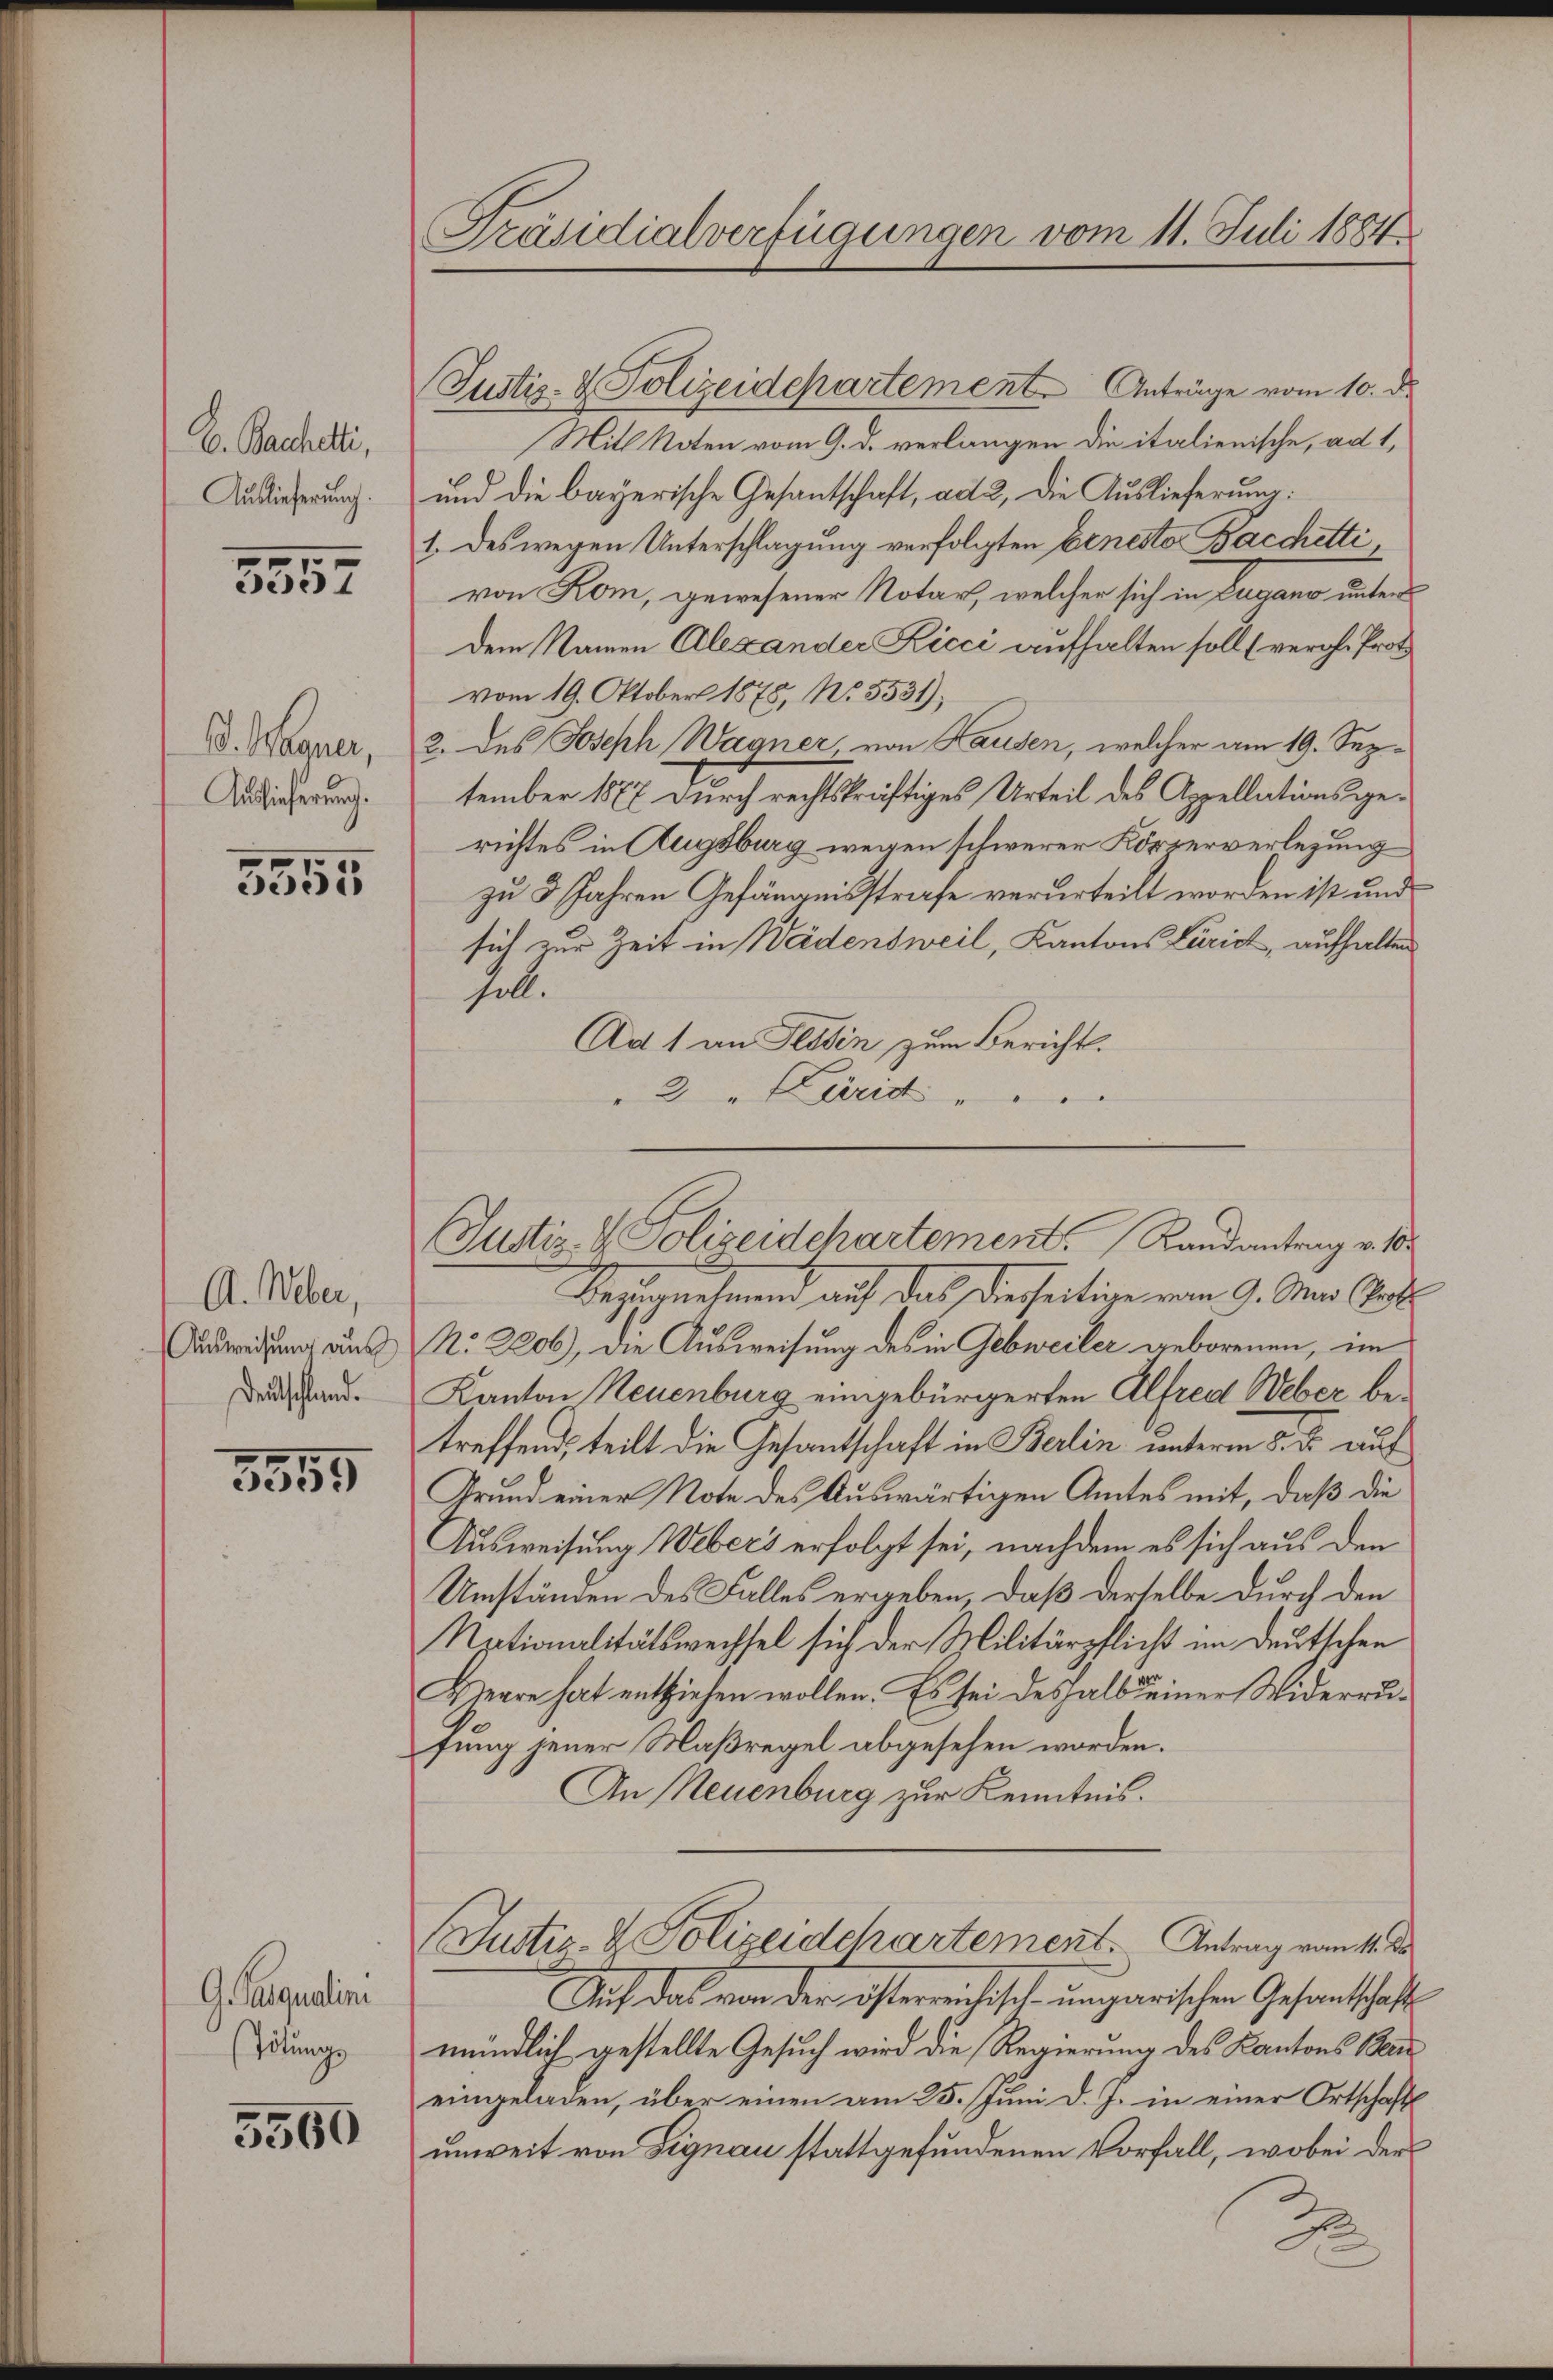
E. Bachetti,
Auslieferung.

1
07

. Wagner,
Auslieferung.

5555

A. Weber,
Ausweisung an
Deutschland.

3555

G. Parqualini
Tötungs

5560

Präsidialverfügungen vom 11. Juli 1884

Justiz- & Polizeidepartement. Anträge vom 10. d.
Mitl Noten vom 9. d. verlangen die italienische, ad 1,
und die bayerische Gesantschaft, ad 2., die Auslieferung:
1. Des wegen Unterschlagung verfolgten Ernesto Bacchetti,
von Kom, gewesener Notar, welcher sich in Zugano unter
dem Namen Alexander Kicci aufhalten soll (vergl. Prot
vom 19. Oktober 1878, No. 3531);
2. des Joseph Wagner, von Hausen, welcher am 19. September 1877 durch rechtskräftiges Urteil des Appellationsgerichtes in Augsburg wegen schwerer Körperverlegung
zu 3 Jahren Gefängnisstrafe verurteilt worden ist und
sich zur Zeit in Weidensweil, Kantons Zürich, aufhalten
soll.
Ad 1 an Tessin zum Bericht.
2 " Carid
Bezunehmend auf das dieseitige vom 9. Der Art.
No. 2206), die Ausweisung des in Gebweiler geborenen, im
Kanton Neuenburg eingebürgerten Alfred Weber betreffend, teilt die Gesantschaft in Berlin unterm 5. ds auf
Grund einer Note des Auswärtigen Amtes mit, daß die
Ausweisung Webers erfolgt sei, nachdem es sich aus den
Umständen des Falles ergeben, daß derselbe durch den
Nationalitätswechsel sich der Militärpflicht im Deutschen
Herre hat entziehen wollen. Es sei deshalb einer Widerrufung jener Maßregel abgesehen worden.
An Neuenburg zur Kenntnis.
Justiz- & Polizeidchartement. Antrag vom 11. De
Auch das von der österreichiset ungarischen Gesandtschaft
mündlich gestellte Gesuch wird die Regierung des Kantons Baueingeladen, über einen am 25. Juni d. J. in einer Ortschafts
unweit von Signau stattgefundenen Vorfall, wobei der
2
d

Justiz- & Polizeidchartement. Randantrag v. 18